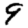
Digit: 9